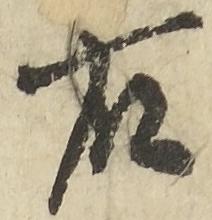
右